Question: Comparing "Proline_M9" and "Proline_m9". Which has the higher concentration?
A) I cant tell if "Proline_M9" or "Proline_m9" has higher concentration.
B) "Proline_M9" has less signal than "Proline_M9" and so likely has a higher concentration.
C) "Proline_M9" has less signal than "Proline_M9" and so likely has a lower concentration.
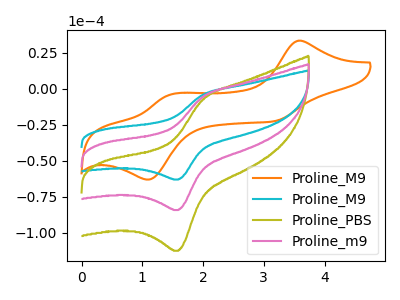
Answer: <think>The orange curve "Proline_M9" has anodic peaks at (3.55V, 33.40uA) (1.45V, -4.15uA) and cathodic peaks at (3.20V, -22.30uA) (1.10V, -63.00uA). The cyan curve "Proline_M9" has an anodic peak at (2.00V, -4.10uA) and a cathodic peak at (1.60V, -63.00uA). The olive curve "Proline_PBS" has an anodic peak at (2.00V, -10.95uA) and a cathodic peak at (1.60V, -168.35uA). The pink curve "Proline_m9" has an anodic peak at (2.00V, -5.45uA) and a cathodic peak at (1.60V, -84.15uA).
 All the peaks in "Proline_M9" have a peak in "Proline_m9" at the same potential.</think>
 <answer>A) I cant tell if "Proline_M9" or "Proline_m9" has higher concentration.</answer>
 <eval>A</eval>